Source: Handwritten
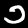
Digit: ၁ (1)